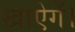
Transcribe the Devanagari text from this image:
खाऐगें।